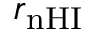
r _ { \mathrm { n H I } }